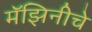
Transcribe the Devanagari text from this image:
मॅझिनीचे